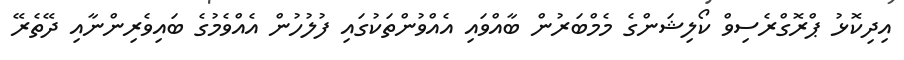
އިދިކޮޅު ޕްރޮގްރެސިވް ކޯލިޝަންގެ މެމްބަރުން ބާއްވައި އެއްވުންތަކުގައި ފުލުހުން އެއްވެމުގެ ބައިވެރިންނާއި ދޭތެރޭ